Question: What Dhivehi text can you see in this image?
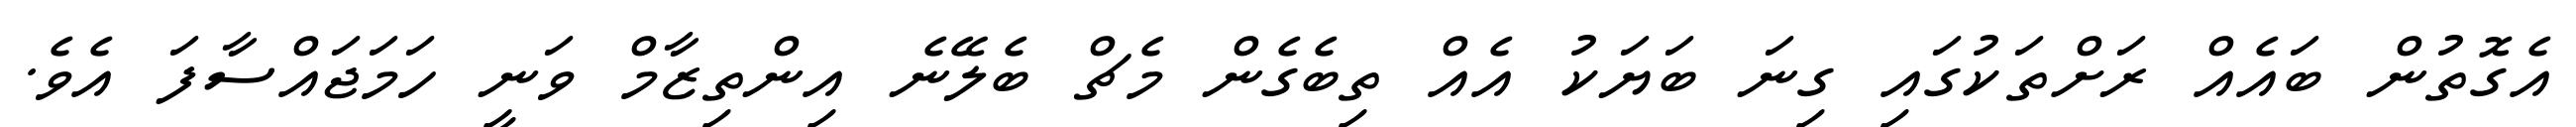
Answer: އެގޮތުން ބައެއް ރަށްތަކުގައި ގިނަ ބަޔަކު އެއް ތިބެގެން މެޗް ބެލޭނެ އިންތިޒާމް ވަނީ ހަމަޖައްސާފަ އެވެ.